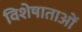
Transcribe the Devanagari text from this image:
विशेषाताओं